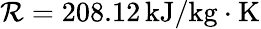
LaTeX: \mathcal{R}=208.12\, \mathrm{{kJ}}/\mathrm{{kg}}\cdot\mathrm{{K}}